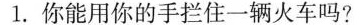
1.你能用你的手拦住一辆火车吗?